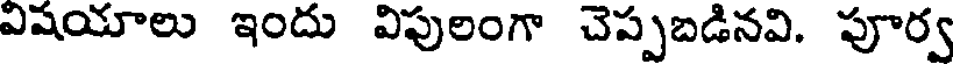
విషయాలు ఇందు విపులంగా చెప్పబడినవి. పూర్వ